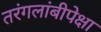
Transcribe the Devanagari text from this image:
तरंगलांबीपेक्षा